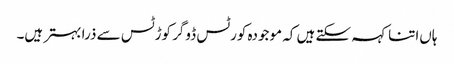
ہاں‌اتنا کہہ سکتے ہیں‌ کہ موجودہ کورٹس ڈوگر کوڑٹس سے ذرا بہتر ہیں۔